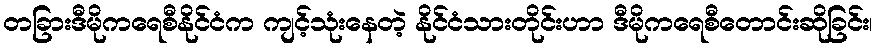
တခြားဒီမိုကရေစီနိုင်ငံက ကျင့်သုံးနေတဲ့ နိုင်ငံသားတိုင်းဟာ ဒီမိုကရေစီတောင်းဆိုခြင်း၊